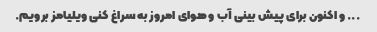
... و اکنون برای پیش بینی آب و هوای امروز به سراغ کنی ویلیامز برویم.